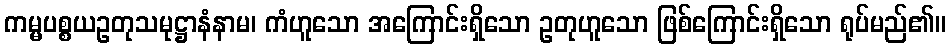
ကမ္မပစ္စယဥတုသမုဋ္ဌာနံနာမ၊ ကံဟူသော အကြောင်းရှိသော ဥတုဟူသော ဖြစ်ကြောင်းရှိသော ရုပ်မည်၏။